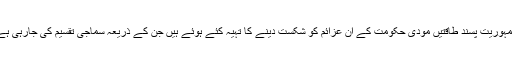
انہوں نے کہا کہ تمام پروگریسیو، سیکولر ، جمہوریت پسند طاقتیں مودی حکومت کے ان عزائم کو شکست دینے کا تہیہ کئے ہوئے ہیں جن کے ذریعہ سماجی تقسیم کی جارہی ہے اور ہم آہنگی کی فضاء مکدر کی جارہی ہے۔